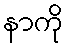
နာကို